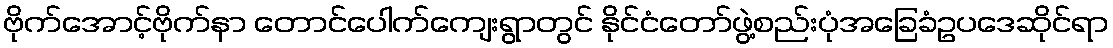
ဗိုက်အောင့်ဗိုက်နာ တောင်ပေါက်ကျေးရွာတွင် နိုင်ငံတော်ဖွဲ့စည်းပုံအခြေခံဥပဒေဆိုင်ရာ